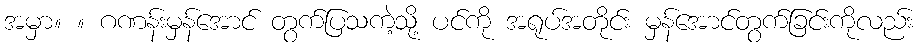
အမှာ။ ။ ဂဏန်းမှန်အောင် တွက်ပြသကဲ့သို့ ပင်ကို အရုပ်အတိုင်း မှန်အောင်တွက်ခြင်းကိုလည်း